Calcutta medical institutions reports 1892-1900
Year: 1892
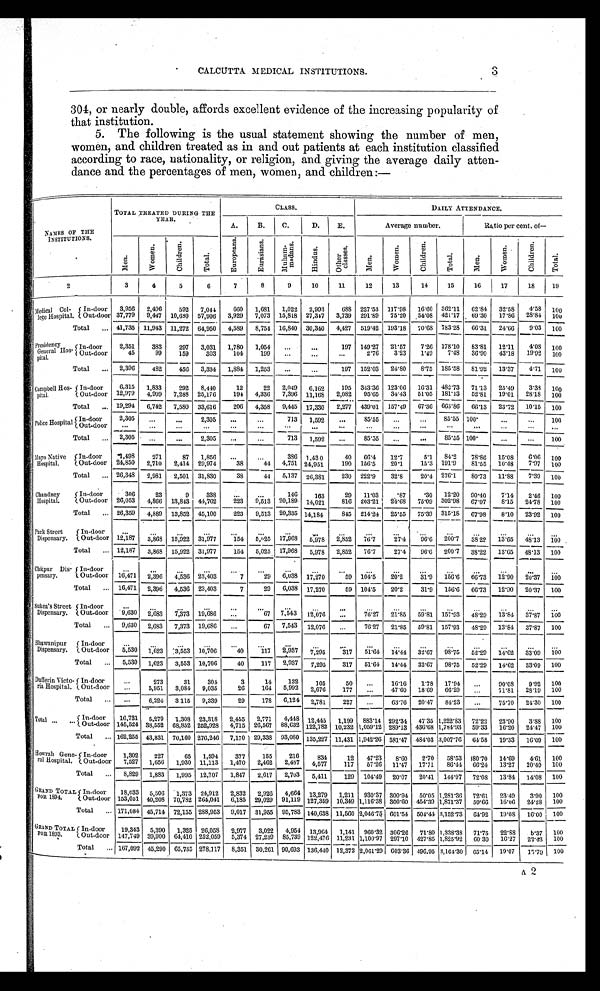
CALCUTTA MEDICAL INSTITUTIONS. 3
304, or nearly double, affords excellent evidence of the increasing popularity of
that institution.
5. The following is the usual statement showing the number of men,
women, and children treated as in and out patients at each institution classified
according to race, nationality, or religion, and giving the average daily atten
-
dance and the percentages of men, women, and children:—
NAMES OF THE
INSTITUTIONS.
TOTAL TREATED DURING THE
YEAR.
CLASS.
DAILY ATTENDANCE.
Average number.
Ratio per cent. of
—
A.
B.
C.
D.
E.
M e n .
W o m e n .
C h i l d r e n .
T o t a l .
E u r o p e a n s .
E u r a s i a n s .
M u h a m - m a d a n s .
H i n d u s .
O t h e r c l a s s e s .
M e n .
W o w e n .
C h i l d r e n .
T o t a l .
M e n .
W o m e n .
C h i l d r e n .
T o t a l .
2
3
4
5
6
7
8
9
10
11
12
13
14
15
16
17
18
19
Medical Col
-lege Hospital.
In-door
3,956
2,496
592
7,041
660
1,681
1,022
2,993
688
227.53 117.98
1 6 . 6 0
362.11
62.84
32.58
4.58
100
Out-doo r 37,779
9,447
10,680
57,906
3,929
7,073 15,818 27,347
3,739
291.89
75 .20
54.08
421.17
6 9 . 3 0
1 7 . 8 6 28 . 8 4
100
Total . . . 41,735 11,943 11,272 64,950
4 , 5 8 9
8,754 16,840 30,340
4,427
519.42 193.18
70.08 783.28
66.31
24.06
9.03
100
Presidency
General Hos-
pital.
In-door
2,351
383
297
3,031
1,780
1,054
. . .
. . .
197
149.27
21.57
7.26 178.10
83.81
12.11
4.08 100
Out-door
45
99
159
303
104
199
. . .
. . .
. . .
2.76
3.2.3
1.49
7 . 4 8
36.90
4 3 . 1 819.92
100
T o t a l . . .
2,396
432
450
3,334
1,884
1,253
. . .
. . .
1 9 7 152.03
24.80
8.75
185.58
81.92
13.37
4.71
100
Campbell Hos-
pital
In-door
6,315
1,833
292
8,440
12
22
2,049
6,162
195
343.36 123.06
16.31 481.73
71.13
25.49
3.38
100
Out-door 12,979
4,909
7,288
25,176
194
4,336
7,396 11,168
2,082
95.65
34.43
51.05
181.13
52.81
19.01
28.18
100
Total . . .
19,294
6,742
7,580
33,616
206
4,358
9,445 17,330
2,277
439.01
157.49
67.36
663.86
66.13
23.72
10.15
100
Police Hospital
In-door
2,305
. . .
. . .
2,305
. . .
. . .
713
1,592
. . . 85.55
. . .
. . . 85.55 100.
. . .
. . . 100
O u t - d o o r
. . .
. . .
. . .
. . .
. . .
. . .
. . .
. . .
. . .
. . .
. . .
. . .
. . .
. . .
. . .
. . .
. . .
Total . . .
2,305
. . .
. . .
2,305
. . .
. . .
713
1,592
. . . 85.55
. . .
. . .
85.55 100.
. . .
. . .
100
Mayo Native
Hospital.
In-door
1,498
271
87
1,856
. . .
. . .
386
1,430
40
66.4
12.7
5.1
84.2
78.86
15.08
6.06
100
Out-door
24,850
2,710
2,414
29,974
38
44
4,751 24,951
190
156.5
20.1
15.3 191.9
81.55
10.48
7.97
100
Total . . .
26,348
2,981
2,501
31,830
33
44
5,137
26,381
230
222.9
32.8
20.4 276.1
80.73
11.88
7.39
100
Chandney
Hospital.
In-door
306
23
9
338
. . .. . .
146
163
29
11.03
. 8 7
.30
12.20
90.40
7 . 1 4
2.46
100
Out-door 26,053
4,866
13,843 44,762
223
9,513 20,189
14,021
816
203.21
21.63
75.09 302.98
67.07
8 . 1 5
24.78
100
Total . . .
26,359
4,889
13,852 45,100
223
9,513 20,335 14,184
845
214.24
25.55
75.39
315.18
67.98
8.10
23.92
100
Park Street
Dispensary.
In-door
. . .
. . .
. . .
. . .
. . .
. . .
. . .
. . .
. . .
. . .
. . .
. . .
. . .
. . .
. . .
. . . . . .
Out-door 12,187
3,868 15,922 31.977
154
5,025
17,968
5,978
2,852
76.7
27.4
9 6 . 6
2 0 0 . 7 38.22
1 3 . 6 5 48.13
100
Total . . .
12,187
3,863
15,922 31,977
154
5,025
17,968
5,978
2,852
76.7
27.4
96.0
200.7
38.22
13.65
48.13
100
Chitpur Dis-
pensary.
In-door
. . .. . .
. . .
. . .
. . .
. . .
. . .
. . .
. . .
. . .
. . .
. . .
. . .
. . .
. . .
. . . . . .
Out-door
16,471
2,396
4,536 23,403
7
29
6,038
17,270
59 104.5
20.2
31.9
156.6
66.73
12.90
20.37
100
Total . . .
16,471
2,396
4,536 23,403
7
29
6,038
17,270
59
104.5
20.2
31.9
156.6
66.73
12.90
20.37
100
Sukea's Street
Dispensary.
In-door
. . .
. . .
. . .
. . .
. . .
. . .
. . .
. . .
. . .
. . .
. . .
. . .
. . .
. . .
. . .
. . . . . .
Out-door
9,630
2,683
7,373 19,686
. . .
67
7,543
12,076
. . .
76.27
21.85
59.81
157.93
48.29
13.84
37.87
100
Total . . .
9,630
2,683
7,373 19,686
. . .
67
7,543
12,076
. . .
76.27
21.85
59.81 157.93
48.29
13.84
37.87
100
Bhawanipur
Dispensary.
In-door
. . .
. . .
. . .. . .
. . .
. . .
. . .
. . .
. . .
. . .
. . .
. . .
. . .
. . .
. . .
. . . . . .
Out-door
5,530
1,623
3,553
10,706
40
117
2,937
7,295
317
51.64
14.44
32.67
98.75
52.29
14.62
33.09
100
Total . . .
5,530
1,623
3,553 10,706
40
117
2,937
7,295
317
51.64
14.44
32.67
98.75
52.29
14.62
33.09
100
Dufferin Victo-
ria Hospital.
In-door
. . .
273
31
304
3
14
132
105
50
. . .
16.16
1.78
17.94
. . .
90.08
9.92
100
Out-door
. . .
5,951
3,084
9,035
26
164
5,992
2,676
177
. . .
47.60
18.69
66.29
. . .
71.81
28.19
100
Total . . .
. . .
6,224
3.115
9,339
29
178
6,124
2,781
227
. . .
63.76
20.47
84.23
. . .
75.70
24.30
100
Total . . . in-door
1 6 , 7 3 1
5 , 2 7 9
1 , 3 0 8
2 3 , 3 1 8
2 , 4 5 5
2 , 7 7 1
4 , 4 4 8 12,445
1 , 1 9 9883.14
2 9 2 . 3 4
4 7 . 3 5 1,222.83
7 2 . 2 2
2 8 . 9 0
3 . 8 8
100
Out-door
1 4 5 , 5 2 4
3 8 , 5 5 2
6 8 , 8 5 2
2 5 2 , 9 2 8
4 , 7 1 5
2 6 , 5 6 7
8 8 , 6 3 2
1 2 2 , 7 8 2
1 0 , 2 3 2 1,059.12
2 8 9 . 1 3
4 3 6 . 3 8
1 , 7 8 4 . 9 3
5 9 . 3 3
1 6 . 2 0
2 4 . 4 7
1 0 0
Total . . .
162,255 43,831 70,160 276,246
7,170 29,338
93,080 135,227 11,431 1,942.26 581.47 484.03 3,007.76
64.58
19.33
16.09
100
Howrah Gene-
ral Hospital.
In-door
1,302
227
65
1,594
377
155
216
834
12
47.23
8.60
2.70
58.53
180.70
14.69
4.61
100
Out-door
7,527
1,656
1,930 11,113
1,470
2,462
2,487
4,577
117
57.26
11.47
17.71
86.44 66.24
13.27
20.49
100
Total . . .
8,829
1,883
1,995 12,707
1,847
2,617
2,703
5,411
129
104.49
20.07
20.41
144.97
72.08
13.84
14.08
100
GRAND TOTAL
FOR 1894.
In-door
18,033
5,506
1,373 24,912
2,832
2,926
4,664 13,279
1,211
930.37 300.91
50.05 1,281.36
72.61
23.49
3.90
100
Out-door 153,051 40,208 70,782 264,041
6,185
29,029
91,119 127,359 10,349 1,116.38 300.60 454.39 1,871.37
59.66
16.06
24.28
100
Total . . .
171,081 45,714 72,155 288,953
9,017
31,955
95,783 140,638 11,560 2,046.75 601.54 504.44 3,152.73
64.92
19.08
16.00
100
GRAND TOTAL
POR 1893.
In-door
19,343
5,390
1,325
26,058 2,977
3,022
4,954 13,964
1,141
960.32 306.26
71.80 1,338.38
71.75
22.88
6.37
100
Out-door 147,749 39,900
64,410 252,059
5,374 27,239
85,739 122,476 11,231 1,100.97 297.10 427.85 1,825.92
60. 30
16.27
23.43
100
Total . . .
167,092 45,290 65,735 278,117
8,351
30,261 90,693 136,440 12.372 2,061.29
6 0 3 . 3 6 496,95 3,161.30
65.14
19.07
15.79
1 0 0
A2